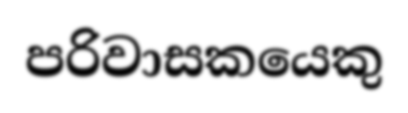
පරිවාසකයෙකු